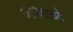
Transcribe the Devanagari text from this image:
जीवीताकडे